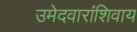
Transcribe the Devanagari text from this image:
उमेदवारांशिवाय